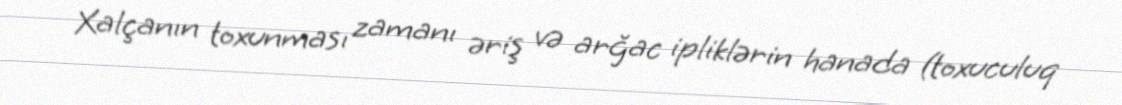
Xalçanın toxunması zamanı əriş və arğac ipliklərin hanada (toxuculuq